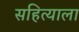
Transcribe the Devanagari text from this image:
सहित्याला